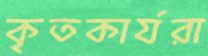
কৃতকার্যরা